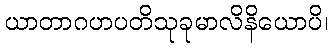
ယာတာဂဟပတိသုခုမာလိနိယောပိ၊